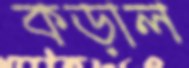
কড়াল